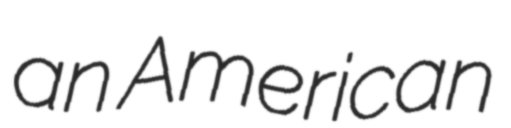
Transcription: an American